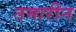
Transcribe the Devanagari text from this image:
तमारीन